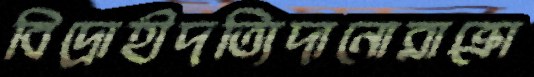
বিদ্রোহীদত্যিদানোরাক্রো